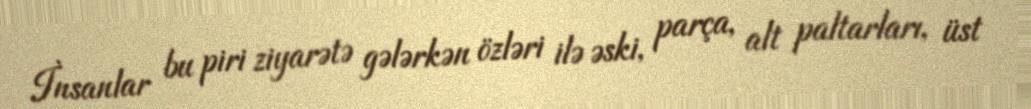
İnsanlar bu piri ziyarətə gələrkən özləri ilə əski, parça, alt paltarları, üst